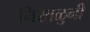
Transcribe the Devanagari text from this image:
निखळुनी